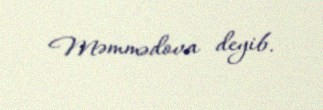
Məmmədova deyib.